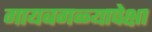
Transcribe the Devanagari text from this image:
गायबगळ्यापेक्षा